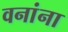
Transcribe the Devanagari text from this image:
वनांना